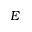
E